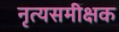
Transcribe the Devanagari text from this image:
नृत्यसमीक्षक